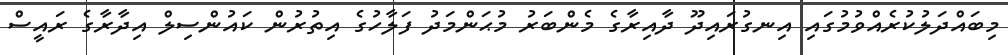
މިބައްދަލުކުރެއްވުމުގައި އިނގުރައިދޫ ދާއިރާގެ މެންބަރު މުޙަންމަދު ފަލާހުގެ އިތުރުން ކައުންސިލް އިދާރާގެ ރައީސް